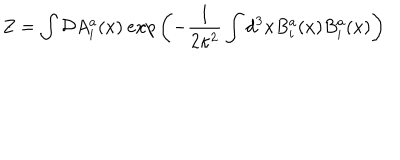
LaTeX: Z = \int { \cal D } A _ { i } ^ { a } ( x ) \: e x p \left( - \frac { 1 } { 2 \kappa ^ { 2 } } \int d ^ { 3 } x B _ { i } ^ { a } ( x ) B _ { i } ^ { a } ( x ) \right)